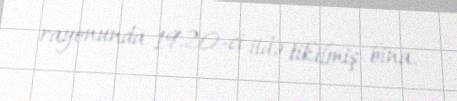
rayonunda 1920-ci ildə tikilmiş bina.